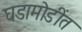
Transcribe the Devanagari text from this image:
घडामोडींत